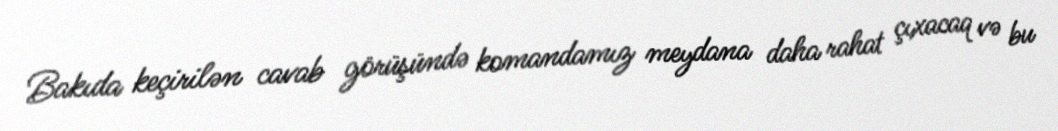
Bakıda keçirilən cavab görüşündə komandamız meydana daha rahat çıxacaq və bu